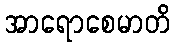
အာရောစေမာတိ